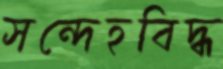
সন্দেহবিদ্ধ